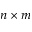
n \times m